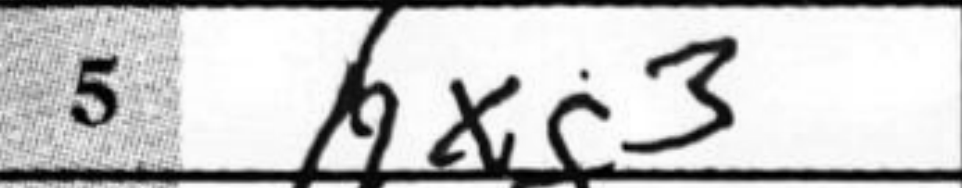
Transcription: hxg3